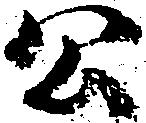
公